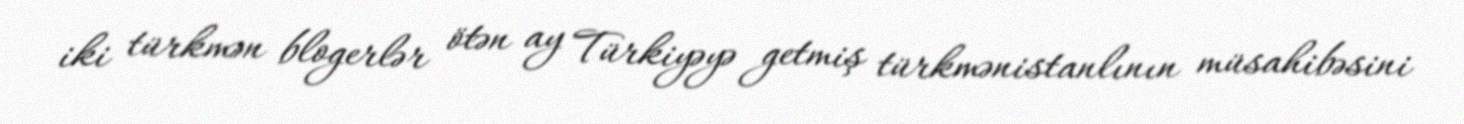
iki türkmən blogerlər ötən ay Türkiyəyə getmiş türkmənistanlının müsahibəsini